Calcutta medical institutions reports 1892-1900
Year: 1892
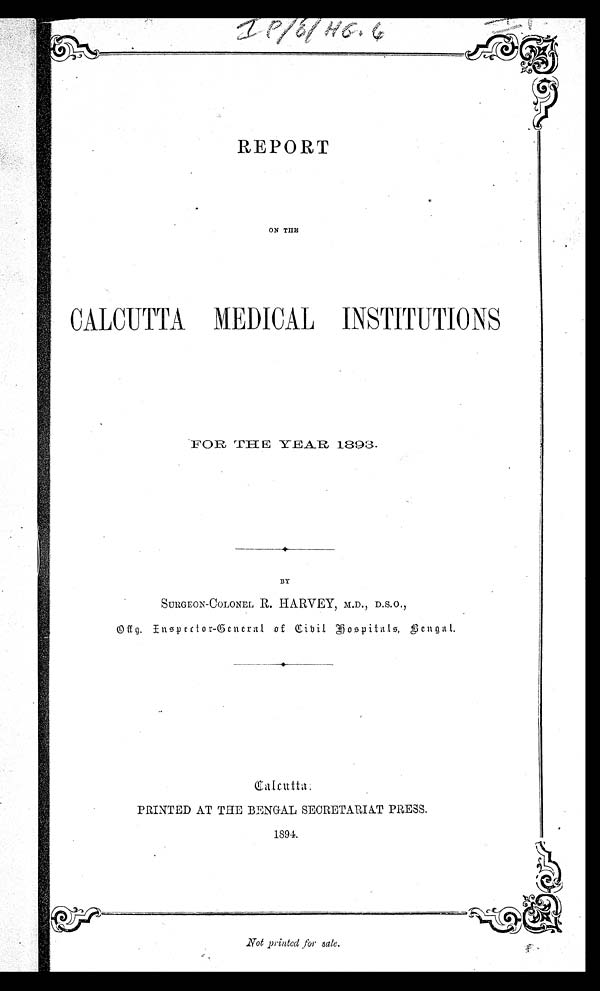
REPORT
ON THE
CALCUTTA MEDICAL INSTITUTIONS
FOR THE YEAR 1893.
BY
SURGEON-COLONEL R. HARVEY, M.D., D.S.O.,
<illeigble> Enspector-General of Civil Hospitals, Bengal.
PRINTED AT THE BENGAL SECRETARIAT PRESS.
1894.
Not printed for sale.